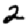
Digit: 2